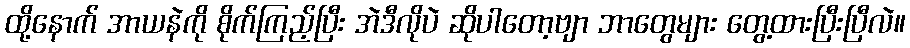
ထို့နောက် အာယနဲကို စိုက်ကြည့်ပြီး အဲဒီလိုပဲ ဆိုပါတော့ဗျာ ဘာတွေများ တွေ့ထားပြီးပြီလဲ။